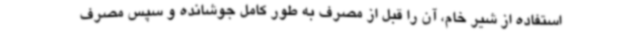
استفاده از شیر خام، آن را قبل از مصرف به طور کامل جوشانده و سپس مصرف